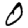
Digit: 0